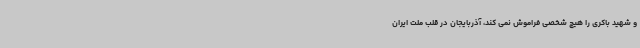
و شهید باکری را هیچ شخصی فراموش نمی کند، آذربایجان در قلب ملت ایران